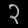
Digit: ၃